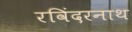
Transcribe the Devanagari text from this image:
रविंदरनाथ